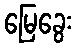
မြေခွေး